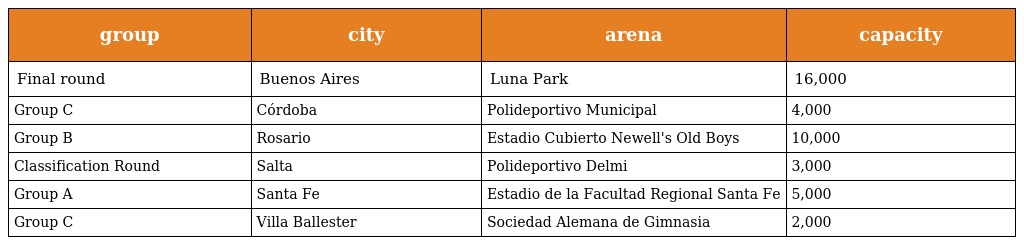
| group | city | arena | capacity |
 | --- | --- | --- | --- |
 | Final round | Buenos Aires | Luna Park | 16,000 |
 | Group C | Córdoba | Polideportivo Municipal | 4,000 |
 | Group B | Rosario | Estadio Cubierto Newell's Old Boys | 10,000 |
 | Classification Round | Salta | Polideportivo Delmi | 3,000 |
 | Group A | Santa Fe | Estadio de la Facultad Regional Santa Fe | 5,000 |
 | Group C | Villa Ballester | Sociedad Alemana de Gimnasia | 2,000 |